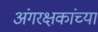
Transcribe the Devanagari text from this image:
अंगरक्षकांच्या